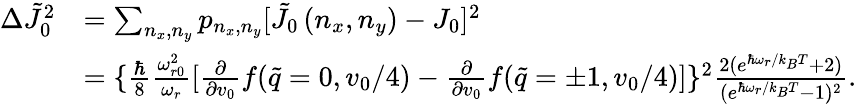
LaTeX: \begin{array}{rl}{\Delta\tilde{J}_{0}^{2}}&{=\sum_{n_{x},n_{y}}p_{n_{x},n_{y}}[\tilde{J}_{0}\left(n_{x},n_{y}\right)-J_{0}]^{2}}\\ &{=\{ \frac{\hbar}{8}\frac{\omega_{r0}^{2}}{\omega_{r}}[\frac{\partial}{\partial v_{0}}f(\tilde{q}=0,v_{0}/4)-\frac{\partial}{\partial v_{0}}f(\tilde{q}=\pm 1,v_{0}/4)]\} ^{2}\frac{2(e^{\hbar\omega_{r}/k_{B}T}+2)}{(e^{\hbar\omega_{r}/k_{B}T}-1)^{2}}.}\end{array}